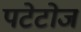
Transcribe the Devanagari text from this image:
पटेटोज